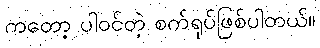
ကတော့ ပါဝင်တဲ့ စက်ရုပ်ဖြစ်ပါတယ်။